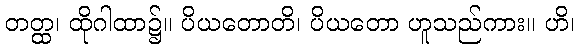
တတ္ထ၊ ထိုဂါထာ၌။ ပိယတောတိ၊ ပိယတော ဟူသည်ကား။ ဟိ၊